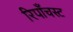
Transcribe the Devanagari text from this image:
रिपाँचस्ट